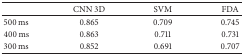
|  | CNN 3D | SVM | FDA |
 | --- | --- | --- | --- |
 | 500 ms | 0.865 | 0.709 | 0.745 |
 | 400 ms | 0.863 | 0.711 | 0.731 |
 | 300 ms | 0.852 | 0.691 | 0.707 |